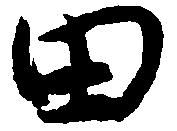
田